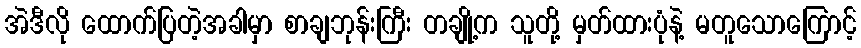
အဲဒီလို ထောက်ပြတဲ့အခါမှာ စာချဘုန်းကြီး တချို့က သူတို့ မှတ်ထားပုံနဲ့ မတူသောကြောင့်